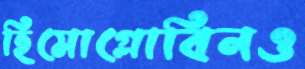
হিমোগ্লোবিনও